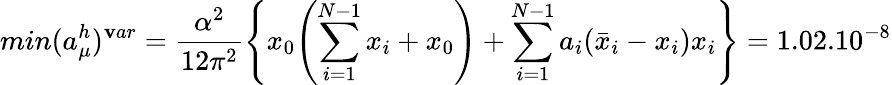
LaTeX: min(a_{\mu}^{h})^{\mathbf{v}ar}=\frac{{\alpha^{2}}}{{12\pi^{2}}}\Biggl\{ x_{0}\Biggl(\sum_{i=1}^{N-1}x_{i}+x_{0}\Biggr)+\sum_{i=1}^{N-1}a_{i}(\bar{{x}}_{i}-x_{i})x_{i}\Biggr\} =1.02.10^{-8}